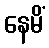
နေမိံ